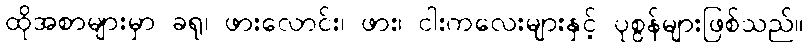
ထိုအစာများမှာ ခရု၊ ဖားလောင်း၊ ဖား၊ ငါးကလေးများနှင့် ပုစွန်များဖြစ်သည်။